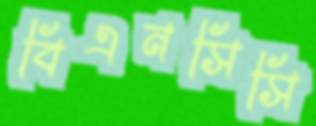
বিএনসিসি